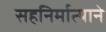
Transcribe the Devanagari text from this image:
सहनिर्मात्याने